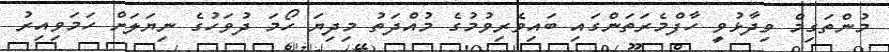
މުންތަގިމް ވިދާޅުވީ ހާފްމެރަތަންގައި ބައިވެރިވުމުގެ މުއްދަތު މިދިޔަ ހޯމަ ދުވަހުގެ ނިޔަލަށް ހަމަވިއިރު